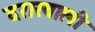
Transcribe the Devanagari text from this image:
दरारवाली